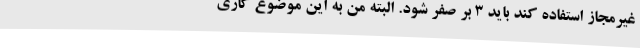
غیرمجاز استفاده کند باید 3 بر صفر شود. البته من به این موضوع کاری